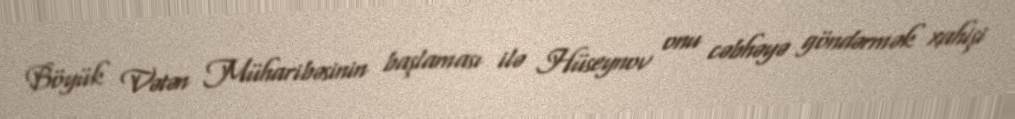
Böyük Vətən Müharibəsinin başlaması ilə Hüseynov onu cəbhəyə göndərmək xahişi